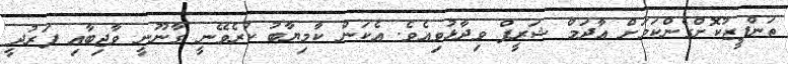
ތަންފީޒުކޮށްގެންކަމަށް އާދަމް ޝަރީފް ވިދާޅުވިއެވެ. އެކަން ކާމިޔާބު ކުރެވޭނީ ގާނޫނީ ވާޖިބާއި ފަރުދީ